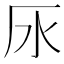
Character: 𣱷